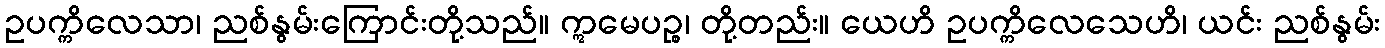
ဥပက္ကိလေသာ၊ ညစ်နွမ်းကြောင်းတို့သည်။ ဣမေပဉ္စ၊ တို့တည်း။ ယေဟိ ဥပက္ကိလေသေဟိ၊ ယင်း ညစ်နွမ်း